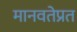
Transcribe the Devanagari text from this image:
मानवतेप्रत